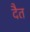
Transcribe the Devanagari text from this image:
दैत